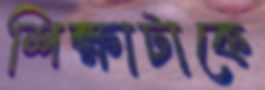
শিক্ষাটাকে